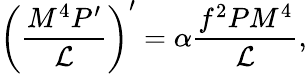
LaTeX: \left(\frac{M^{4}P^{\prime}}{{\cal L}}\right)^{\prime}=\alpha\frac{f^{2}PM^{4}}{\cal L},